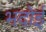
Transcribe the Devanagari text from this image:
भदोई